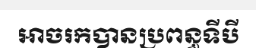
អាចរកបានប្រពន្ធទីបី